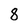
Character: 8